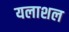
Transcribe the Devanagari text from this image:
यलाशल